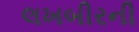
લખબીરની